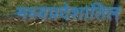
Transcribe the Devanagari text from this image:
मध्यप्रदेशातिल